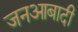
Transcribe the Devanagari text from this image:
जनआबादी